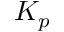
K _ { p }